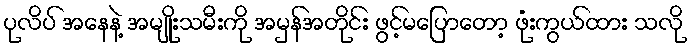
ပုလိပ် အနေနဲ့ အမျိုးသမီးကို အမှန်အတိုင်း ဖွင့်မပြောတော့ ဖုံးကွယ်ထား သလို